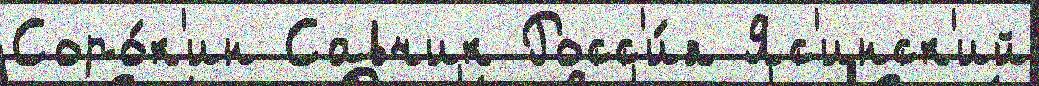
Соро́к'ин Савчик Росс'и́я Яс'инск'ий